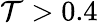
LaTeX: \mathcal{T}>0.4